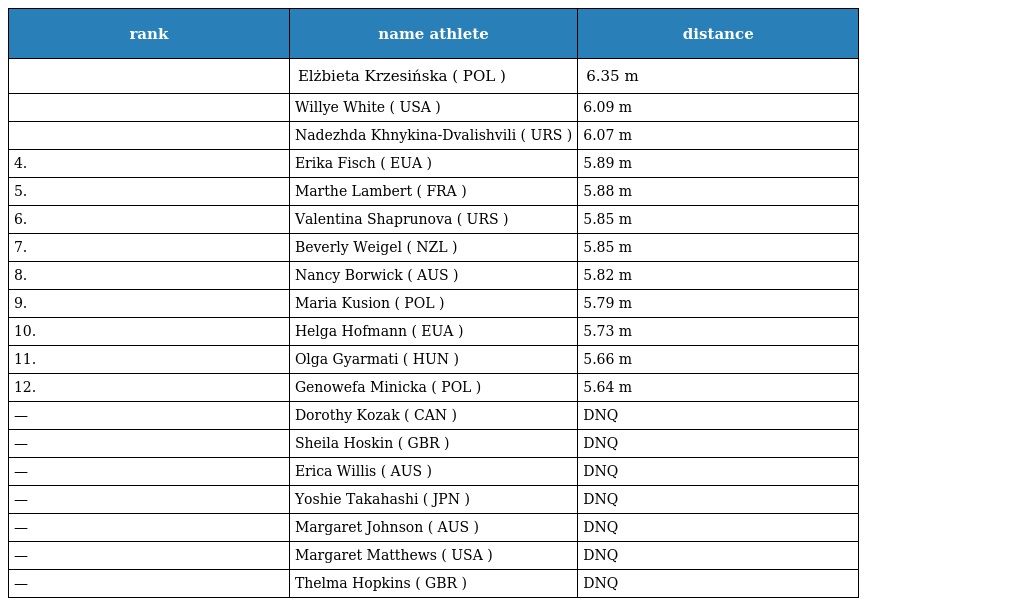
| rank | name athlete | distance |
 | --- | --- | --- |
 |  | Elżbieta Krzesińska ( POL ) | 6.35 m |
 |  | Willye White ( USA ) | 6.09 m |
 |  | Nadezhda Khnykina-Dvalishvili ( URS ) | 6.07 m |
 | 4. | Erika Fisch ( EUA ) | 5.89 m |
 | 5. | Marthe Lambert ( FRA ) | 5.88 m |
 | 6. | Valentina Shaprunova ( URS ) | 5.85 m |
 | 7. | Beverly Weigel ( NZL ) | 5.85 m |
 | 8. | Nancy Borwick ( AUS ) | 5.82 m |
 | 9. | Maria Kusion ( POL ) | 5.79 m |
 | 10. | Helga Hofmann ( EUA ) | 5.73 m |
 | 11. | Olga Gyarmati ( HUN ) | 5.66 m |
 | 12. | Genowefa Minicka ( POL ) | 5.64 m |
 | — | Dorothy Kozak ( CAN ) | DNQ |
 | — | Sheila Hoskin ( GBR ) | DNQ |
 | — | Erica Willis ( AUS ) | DNQ |
 | — | Yoshie Takahashi ( JPN ) | DNQ |
 | — | Margaret Johnson ( AUS ) | DNQ |
 | — | Margaret Matthews ( USA ) | DNQ |
 | — | Thelma Hopkins ( GBR ) | DNQ |